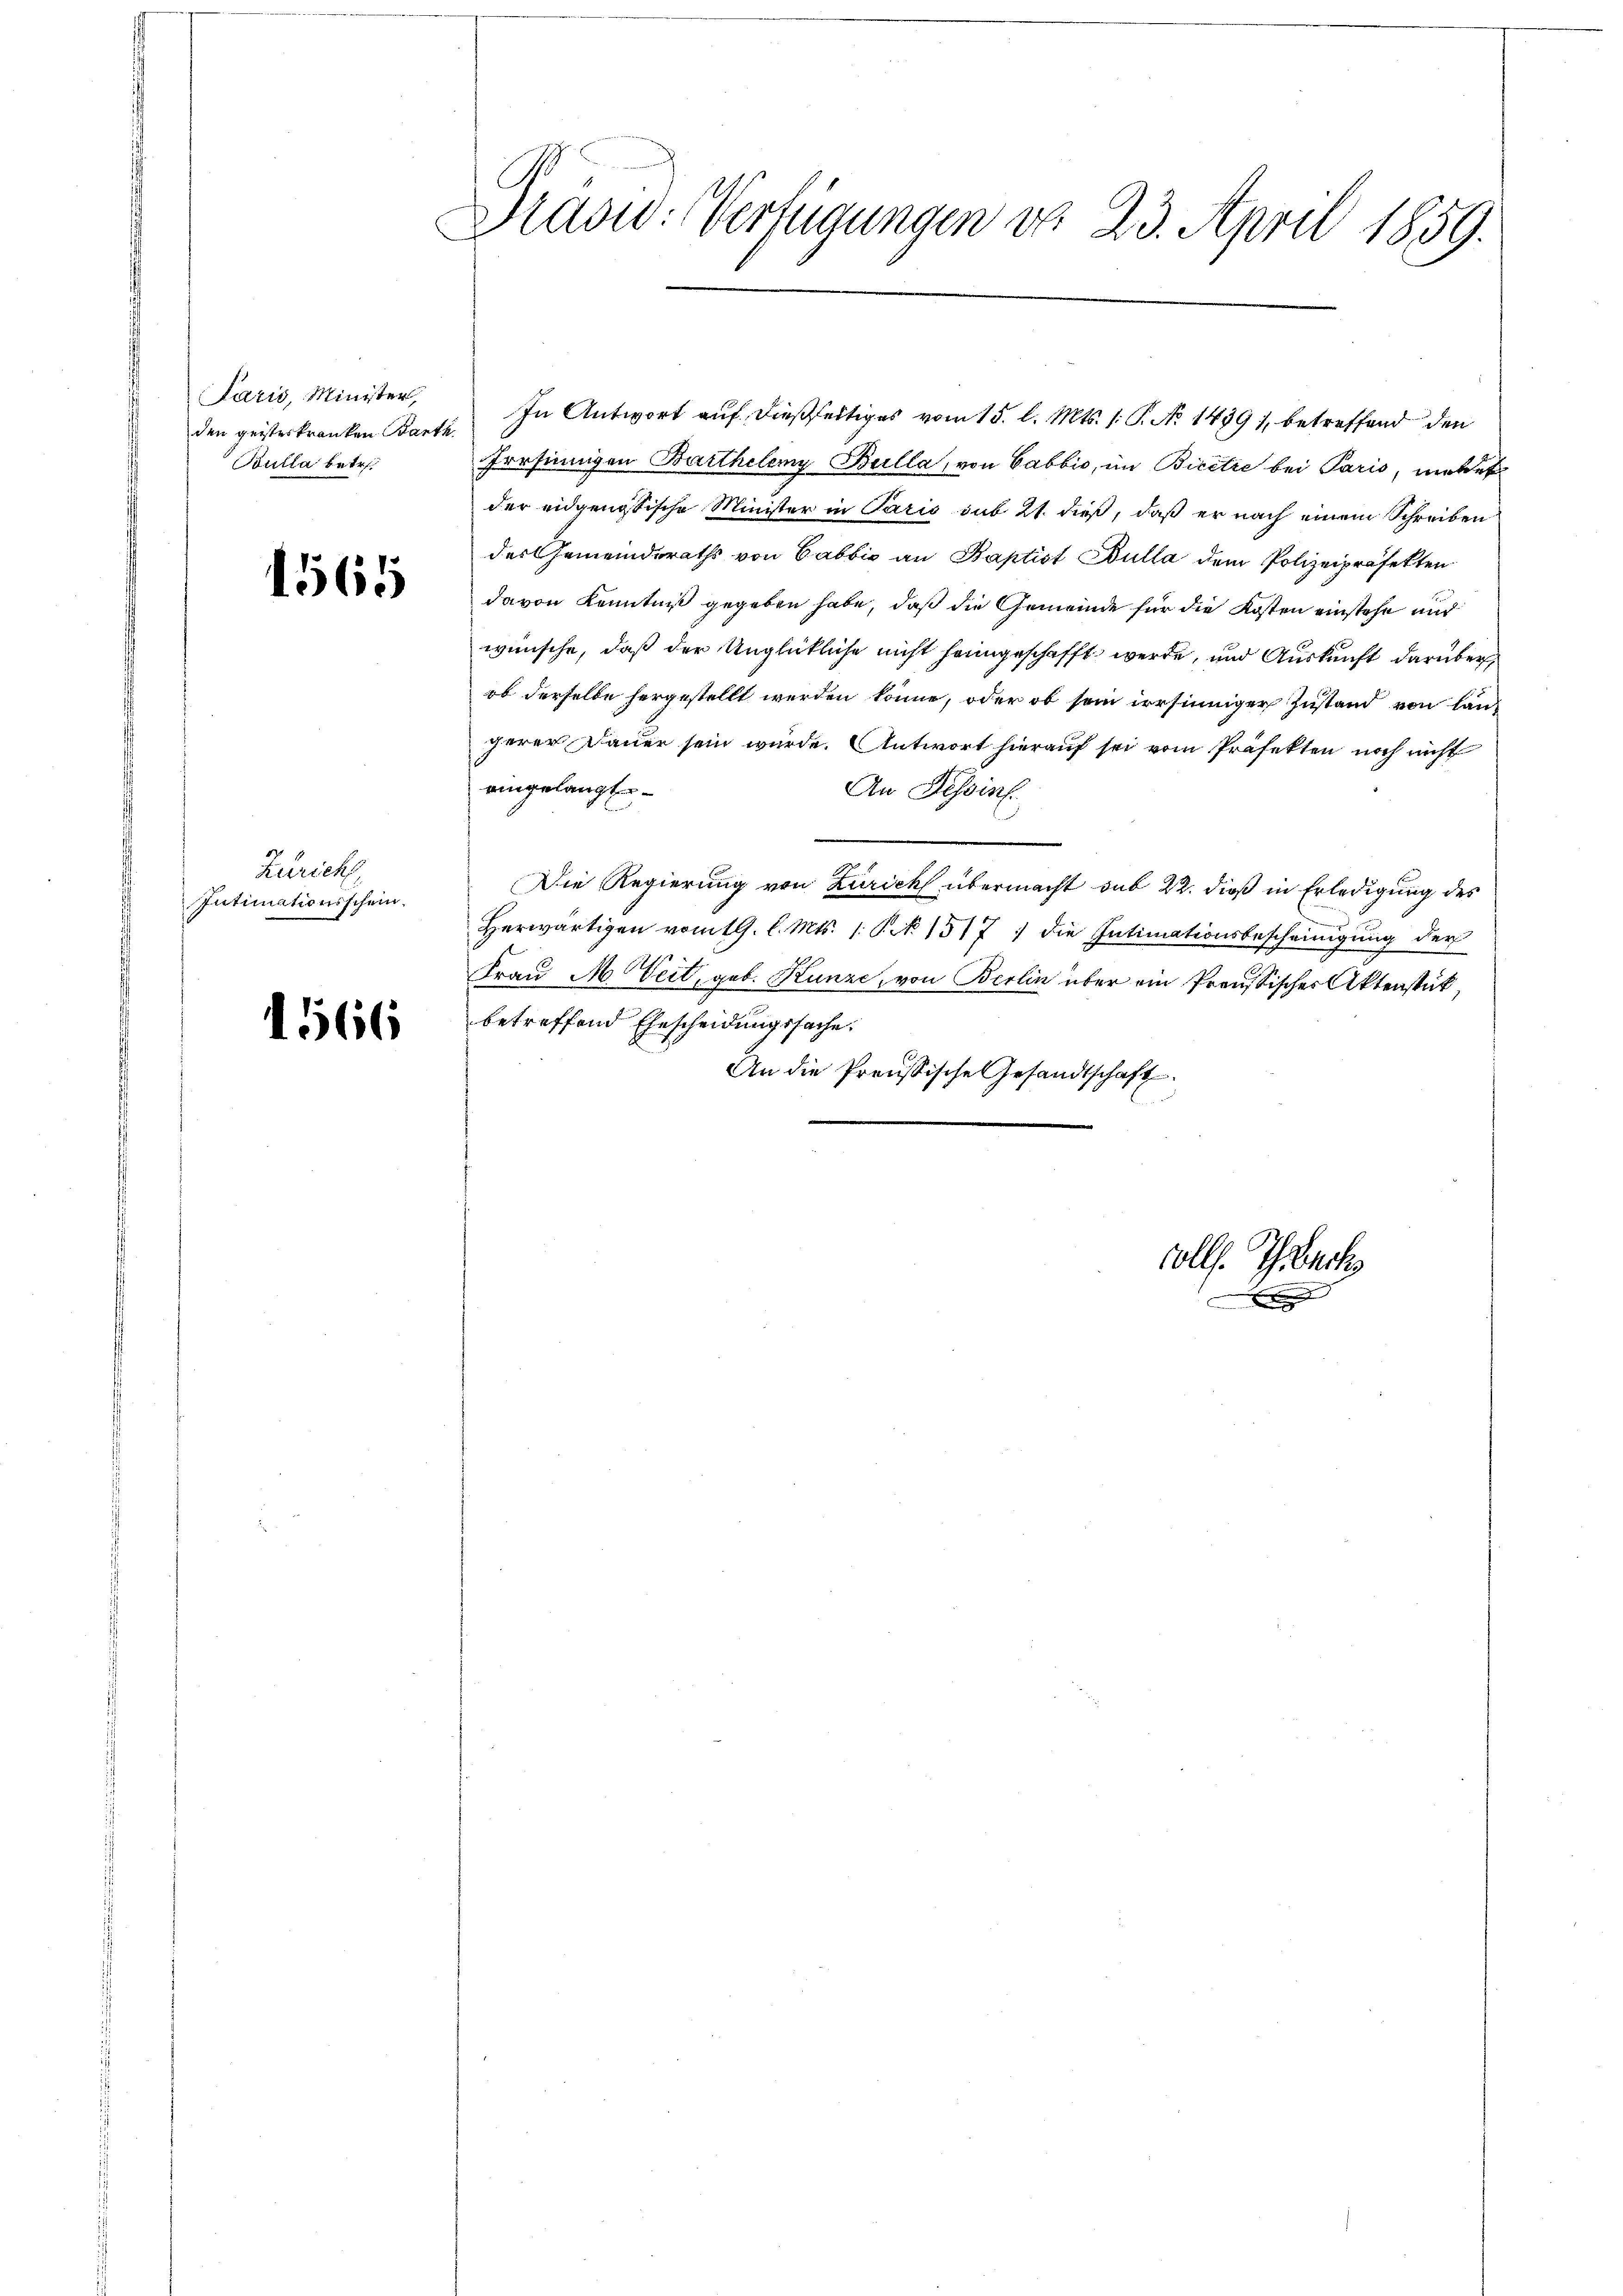
aris, Minister,
den geisteskranken Barth
Bulla betr.

1565

Zuricht
Intimationsschein.

1566

Diaow: Verfügungen von 23. April 1859.

In Antwort auf dießseitiges vom 15. l. Mts. /: P. No 1439), betreffend den
Prrsinnigen Barthelemy Bulla, von Cabbio, im Bicitre bei Paris, meldet
der eidgenössische Minister in Paris sub 21. dieß, daß er nach einem Schreiben
des Gemeinderaths von Cabbić an Baptist Bulla dem Polizeipräfekten
davon Kenntniß gegeben habe, daß die Gemeinde für die Kosten einstehe und
wünsche, daß der Unglückliche nicht heimgeschafft werde, und Auskunft darüber
ob derselbe hergestellt werden könne, oder ob sein irrsinniger Zustand von lauf
gerer Dauer sein wurde. Antwort hierauf sei vom Präfekten noch nicht
aingelangte
An Tessin.
Die Regierung von Zürich übermacht sub 22. dieß in Erledigung des
Herwärtigen vom 19. l. Mts. 1 Pk. 1517) die Intimationsbescheinigung der
Frau M. Veit, geb. Kunze, von Berlin über ein Preussischer Aktenstück,
betreffend Ehescheidungssache.
An die Preussische Gesandtschaft.

colls. Therech